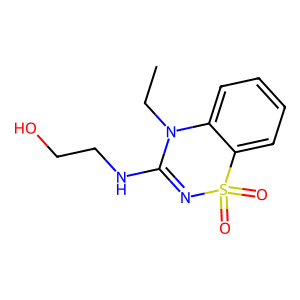
SMILES: CCN1C(NCCO)=NS(=O)(=O)c2ccccc21
Inhibits HIV replication: No